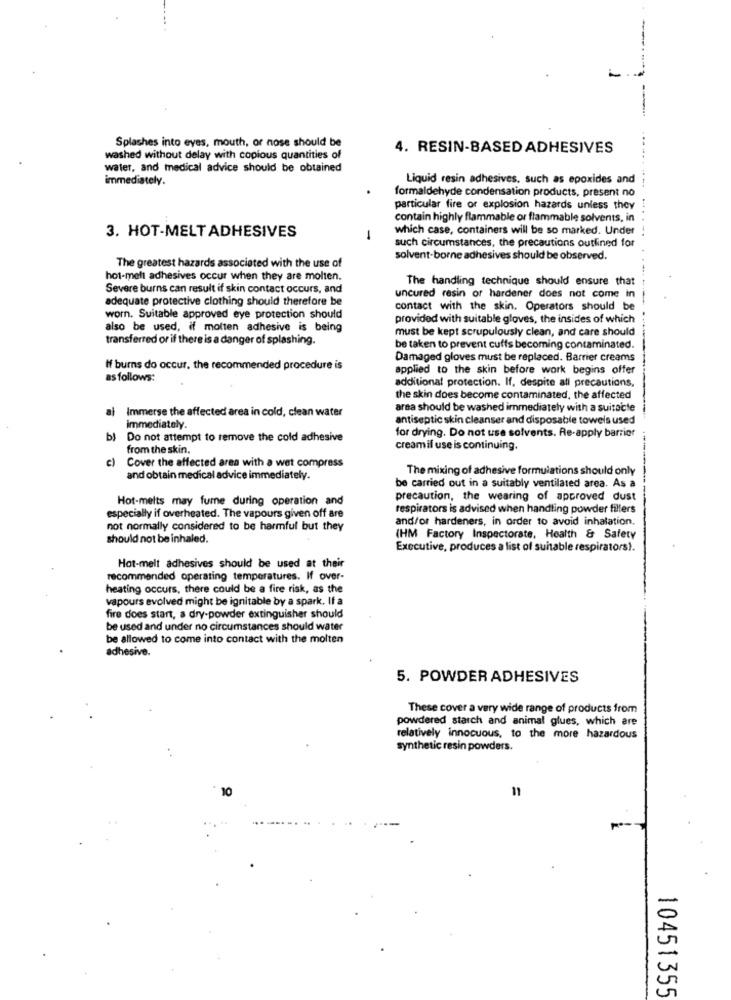
Splashes into eyes, mouth, or nose should be
4. RESIN-BASED ADHESIVES
washed without delay with copious quantities of
water, and medical advice should be obtained
immediately.
Liquid resin adhesives, such as epoxides and
formaldehyde condensation products, present no
particular fire or explosion hazards unless they
contain highly flammable or flammable solvents, in
which case, containers will be so marked. Under
3. HOT-MELT ADHESIVES
-
such circumstances, the precautions outlined for
The greatest hazards associated with the use of
solvent-borne adhesives should be observed.
hot-melt adhesives occur when they are molten.
The handling technique should ensure that
Severe burns can result if skin contact occurs, and
adequate protective clothing should therefore be
uncured resin or hardener does not come in
contact with the skin. Operators should be
worn. Suitable approved eye protection should
provided with suitable gloves, the insides of which
also be used, if molten adhesive is being
must be kept scrupulously clean, and care should
transferred or if there is a danger of splashing.
be taken to prevent cuffs becoming contaminated.
Damaged gloves must be replaced. Barrier creams
If burns do occur, the recommended procedure is
applied to the skin before work begins offer
as follows:
additional protection. If, despite all precautions,
the skin does become contaminated, the affected
al
Immerse the affected area in cold, clean water
area should be washed immediately with a suitable
antiseptic skin cleanser and disposable towels used
immediately.
for drying. Do not use solvents. Re-apply barrier
b) Do not attempt to remove the cold adhesive
from the skin.
creamif use is continuing.
c)
Cover the affected area with a wet compress
The mixing of adhesive formulations should only
and obtain medical advice immediately.
be carried out in a suitably ventilated area. As a
Hot-melts may fume during operation and
precaution, the wearing of approved dust
respirators is advised when handling powder fillers
especially if overheated. The vapours given off are
and/or hardeners, in order to avoid inhalation.
not normally considered to be harmful but they
should not be inhaled.
(HM Factory Inspectorate, Health & Safety
Executive, produces a list of suitable respirators).
Hot-melt adhesives should be used at their
recommended operating temperatures. If over-
heating occurs, there could be a fire risk, as the
vapours evolved might be ignitable by a spark. If a
fire does start, a dry-powder extinguisher should
be used and under no circumstances should water
be allowed to come into contact with the molten
adhesive.
5. POWDER ADHESIVES
These cover a very wide range of products from
powdered starch and animal glues, which are
relatively innocuous, to the more hazardous
synthetic resin powders.
10
10451355